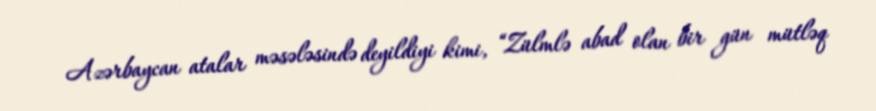
Azərbaycan atalar məsələsində deyildiyi kimi, “Zülmlə abad olan bir gün mütləq